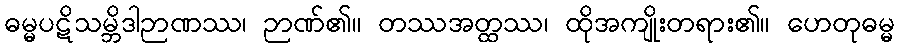
ဓမ္မပဋိသမ္ဘိဒါဉာဏဿ၊ ဉာဏ်၏။ တဿအတ္ထဿ၊ ထိုအကျိုးတရား၏။ ဟေတုဓမ္မ